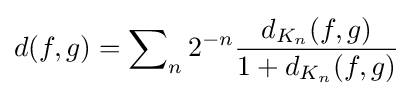
d(f,g)=\sum \nolimits _{n}2^{-n}{\frac {d_{K_{n}}(f,g)}{1+d_{K_{n}}(f,g)}}